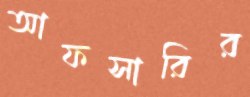
আফসারির